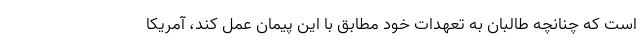
است که چنانچه طالبان به تعهدات خود مطابق با این پیمان عمل کند، آمریکا